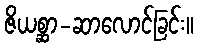
ဇိယစ္ဆာ-ဆာလောင်ခြင်း။